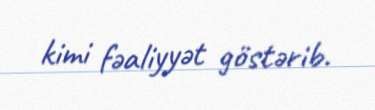
kimi fəaliyyət göstərib.